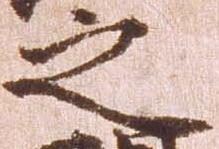
之